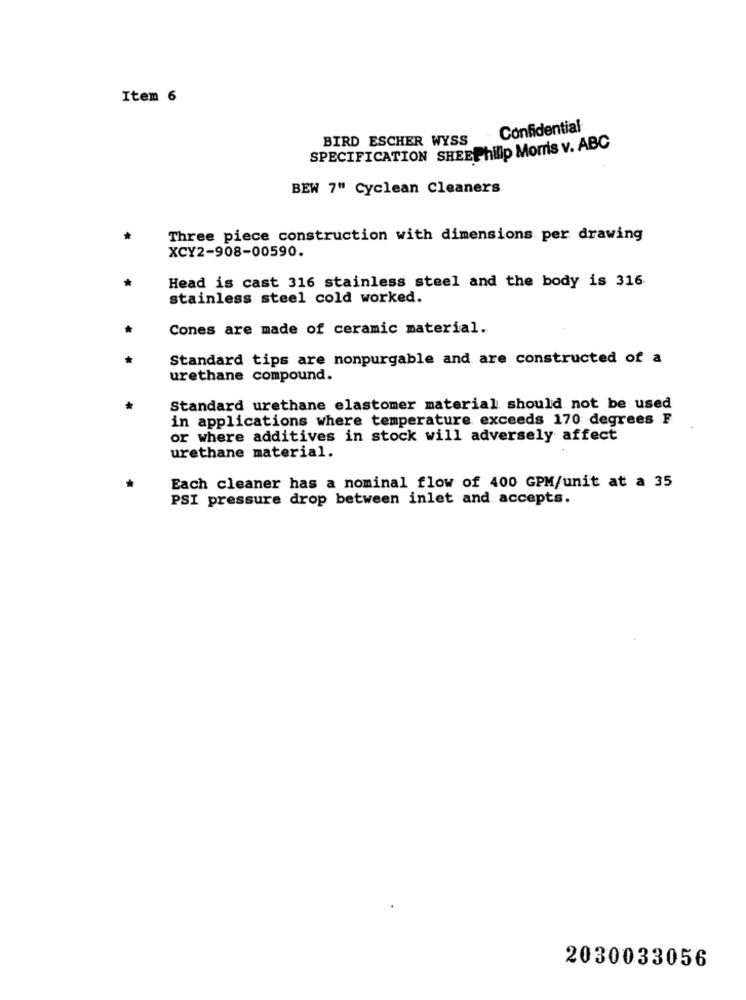
Item 6
Confidential
BIRD ESCHER WYSS
SPECIFICATION SHEEPhilip Morris v. ABC
BEW 7" Cyclean Cleaners
Three piece construction with dimensions per drawing
XCY2-908-00590.
Head is cast 316 stainless steel and the body is 316
stainless steel cold worked.
Cones are made of ceramic material.
Standard tips are nonpurgable and are constructed of a
urethane compound.
Standard urethane elastomer material. should not be used
in applications where temperature exceeds 170 degrees F
or where additives in stock will adversely affect
urethane material.
Each cleaner has a nominal flow of 400 GPM/unit at a 35
PSI pressure drop between inlet and accepts.
2030033056